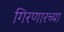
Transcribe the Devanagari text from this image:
गिरणारच्या